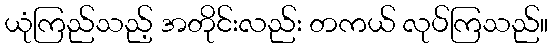
ယုံကြည်သည့် အတိုင်းလည်း တကယ် လုပ်ကြသည်။